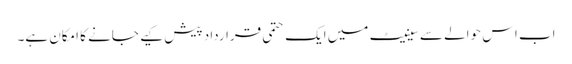
اب اس حوالے سے سینیٹ میں ایک حتمی قرارداد پیش کیے جانے کا امکان ہے۔